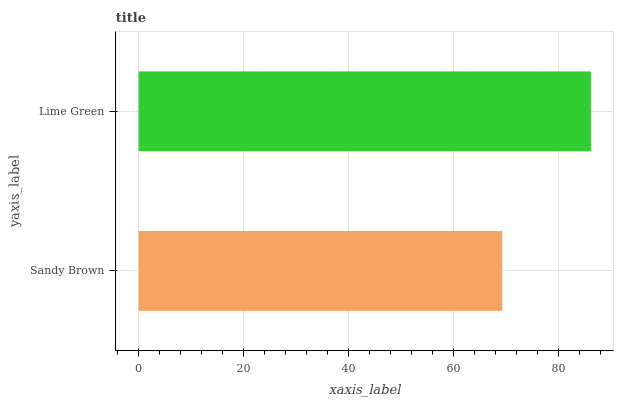
| yaxis_label | bars |
 | --- | --- |
 | Sandy Brown | 69.3 |
 | Lime Green | 86.2 |